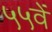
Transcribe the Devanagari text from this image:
५५वें